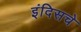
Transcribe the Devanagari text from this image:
इंदिसचे